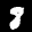
Label: 8